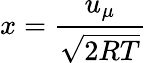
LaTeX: x=\frac{u_{\mu}}{\sqrt{2RT}}